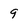
Character: 9